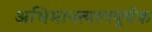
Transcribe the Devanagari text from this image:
अभिमानत्यागपूर्वक